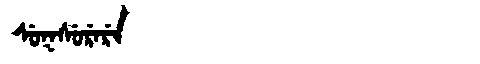
Manchu: ᠰᡠᡴᠰᡠᡵᡝᡵᡝ
Romanization: SUKSURERE